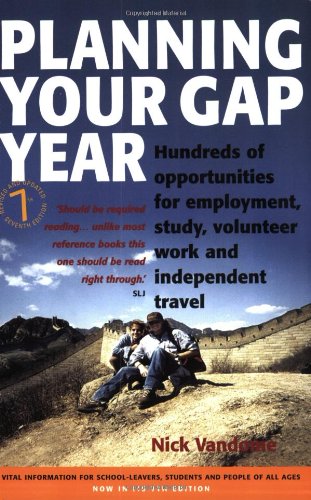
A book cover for Planning Your Gap Year: Hundreds of Opportunities for Employment, Study, Volunteer Work and Independent Travel; Nick Vandome; Travel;